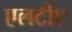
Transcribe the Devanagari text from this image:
एलटीए